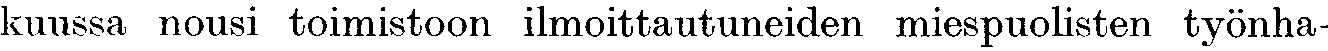
kuussa nousi toimistoon ilmoittautuneiden miespuolisten työnha-